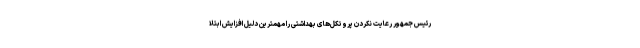
رئیس جمهور رعایت نکردن پروتکل‌های بهداشتی را مهمترین دلیل افزایش ابتلا